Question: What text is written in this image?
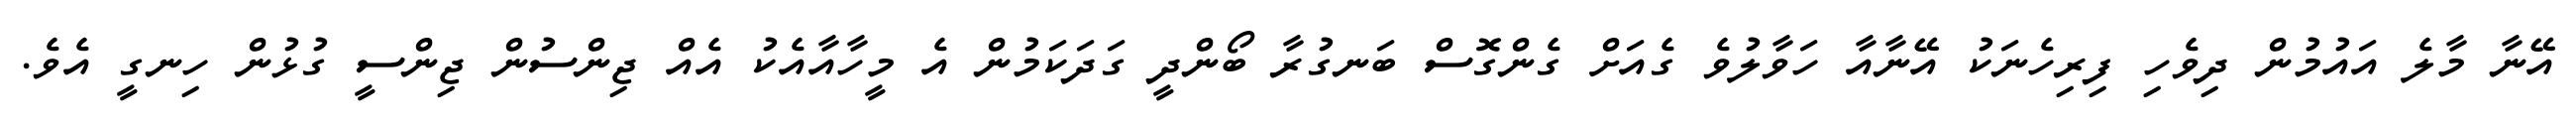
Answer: އޭނާ މާލެ އައުމުން ދިވެހި ފިރިހެނަކު އޭނާއާ ހަވާލުވެ ގެއަށް ގެންގޮސް ބަނގުރާ ބޯންދީ ގަދަކަމުން އެ މީހާއާއެކު އެއް ޖިންސުން ޖިންސީ ގުޅުން ހިނގީ އެވެ.